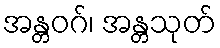
အန္တဝဂ်၊ အန္တသုတ်